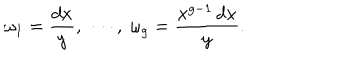
\omega _ { 1 } = \frac { d x } { y } , \ \cdots , \ \omega _ { g } = \frac { x ^ { g - 1 } \, d x } { y } .